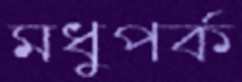
মধুপর্ক